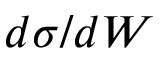
d \sigma / d W